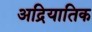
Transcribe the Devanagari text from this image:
अद्रियातिक